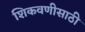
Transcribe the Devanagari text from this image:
शिकवणीसाठी